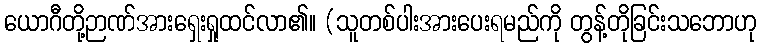
ယောဂီတို့ဉာဏ်အားရှေးရှုထင်လာ၏။ (သူတစ်ပါးအားပေးရမည်ကို တွန့်တိုခြင်းသဘောဟု